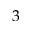
3